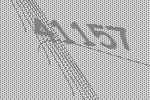
41157